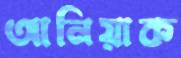
আনিয়াক